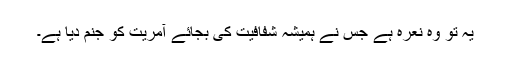
یہ تو وہ نعرہ ہے جس نے ہمیشہ شفافیت کی بجائے آمریت کو جنم دیا ہے۔